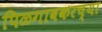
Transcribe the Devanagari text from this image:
पिळगावकरच्या